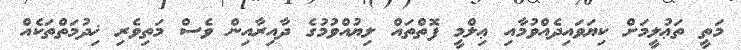
މަތީ ތަޢުލީމަށް ކިޔަވައިދެއްވުމާއި ޢިލްމީ ފޮތްތައް ލިޔުއްވުމުގެ ދާއިރާއިން ވެސް މަތިވެރި ޚިދުމަތްތަކެއް